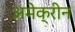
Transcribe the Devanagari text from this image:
अमेक्रीन